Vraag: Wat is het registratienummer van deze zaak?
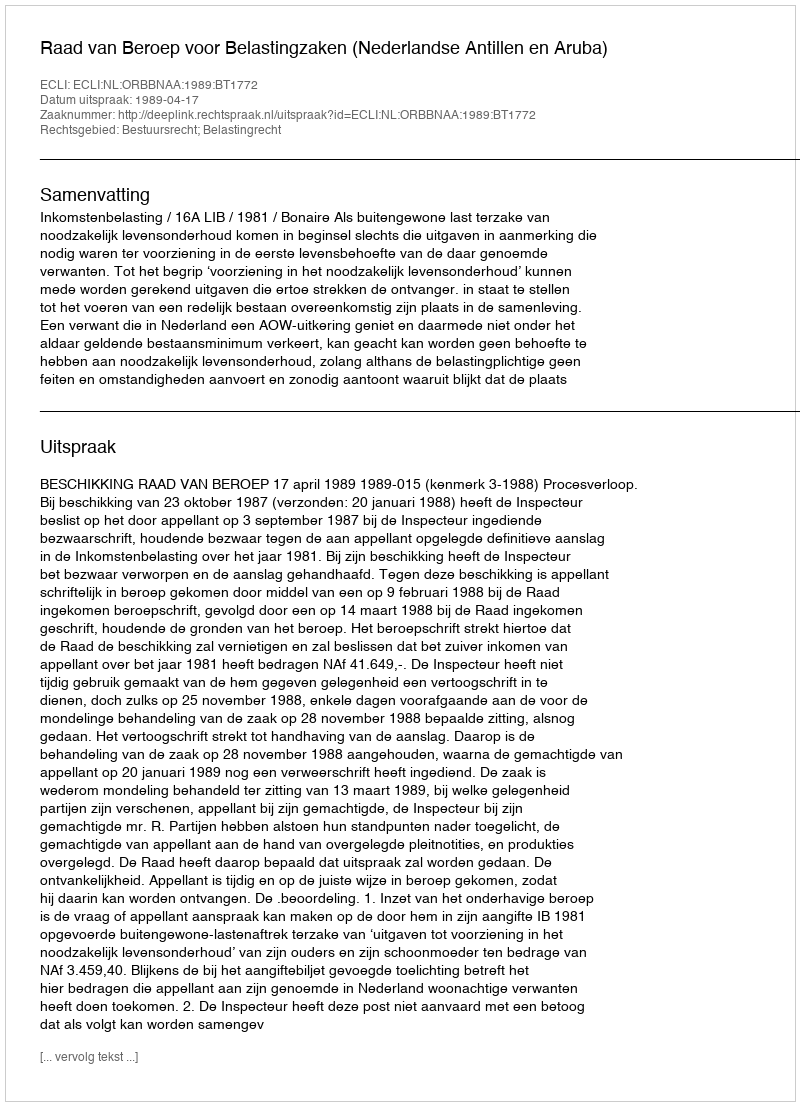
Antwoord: http://deeplink.rechtspraak.nl/uitspraak?id=ECLI:NL:ORBBNAA:1989:BT1772